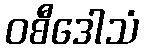
ဝစီဒေါသံ